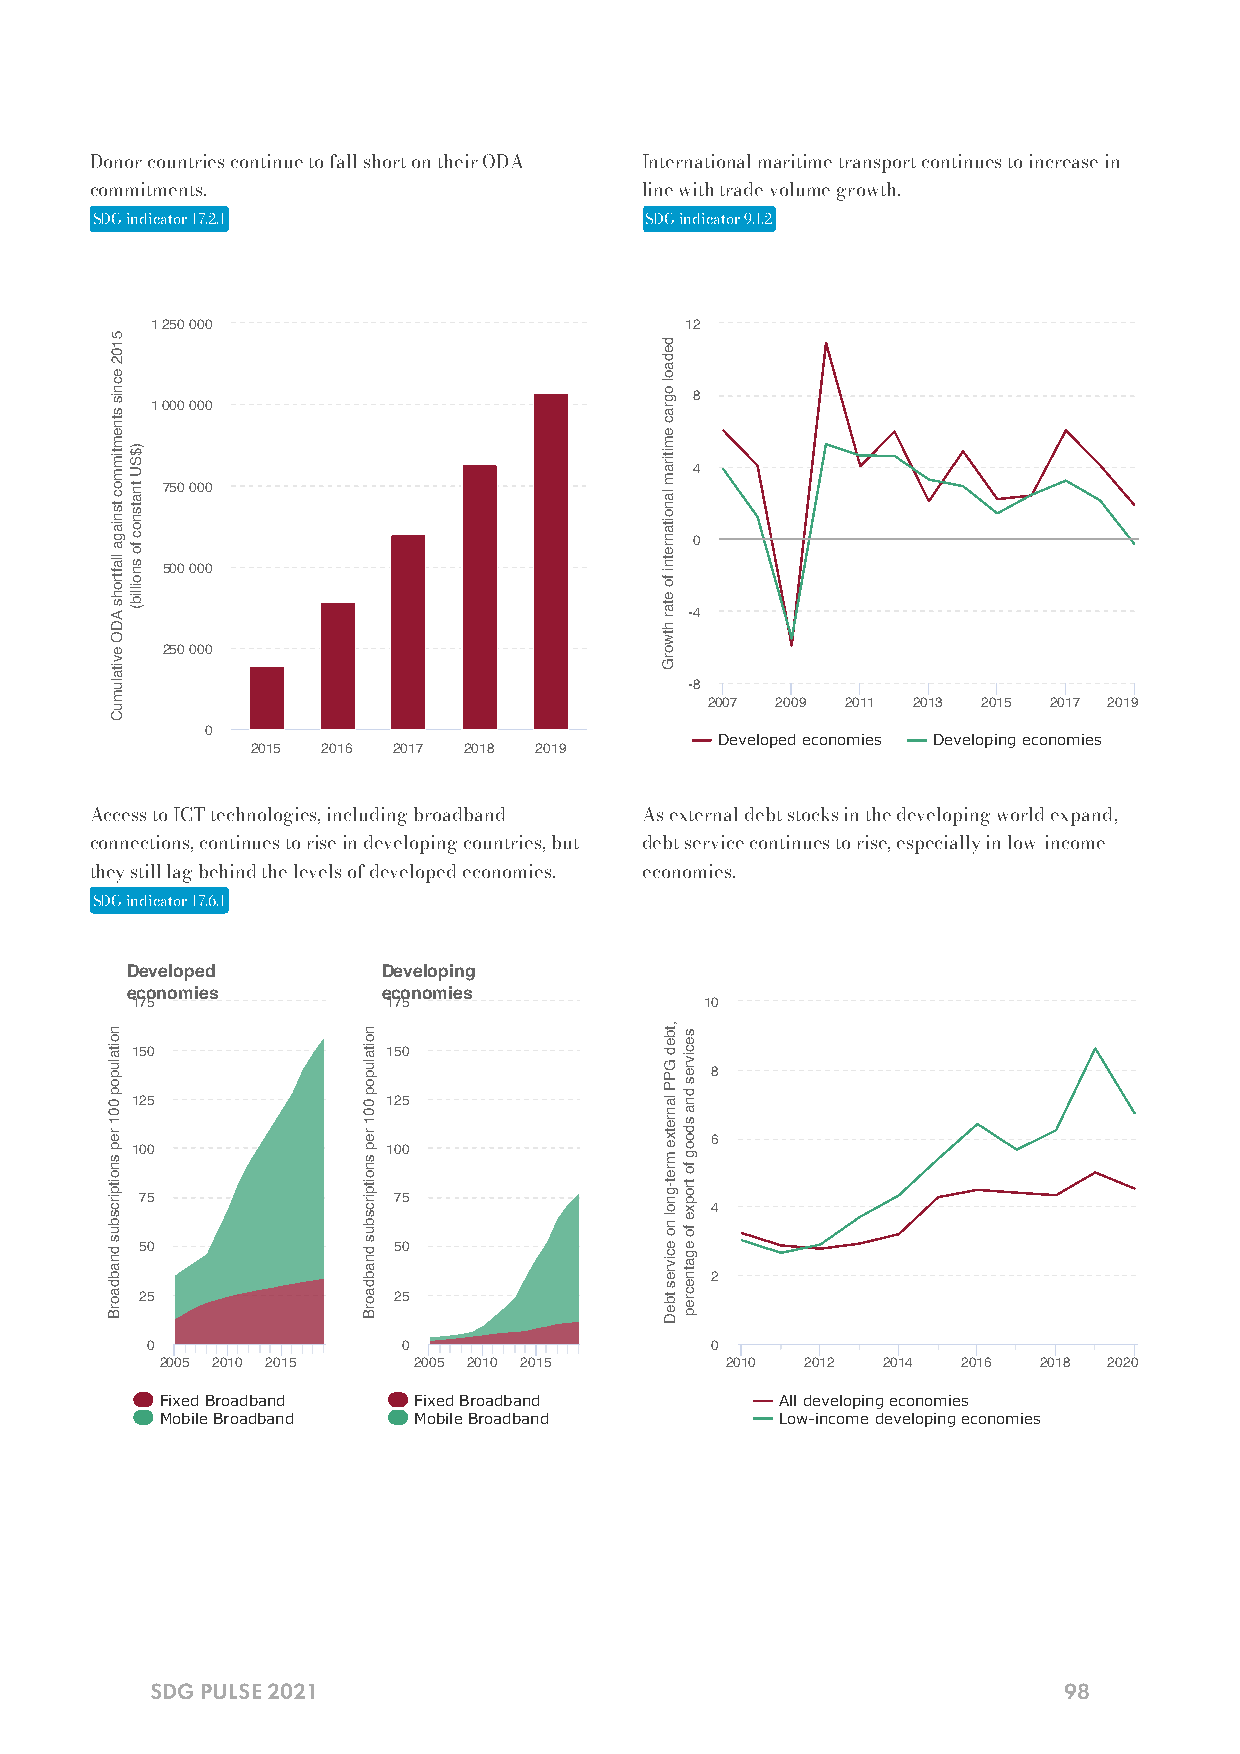
Donor countries continue to fall short on their ODA International maritime transport continues to increase in
 commitments.                         line with trade volume growth.
 SDG indicator 17.2.1                 SDG indicator 9.1.2
 1 250 000                          12
 8
 1 000 000
 4
 750 000
 0
 500 000
 -4
 250 000
 -8
 2007 2009 2011 2013 2015 2017 2019
 0
 Developed economies Developing economies
 2015 2016 2017 2018 2019
 Access to ICT technologies, including broadband As external debt stocks in the developing world expand,
 connections, continues to rise in developing countries, but debt service continues to rise, especially in low-income
 they still lag behind the levels of developed economies. economies.
 SDG indicator 17.6.1
 Developed        Developing
 economies        economies
 175              175                  10
 150              150
 8
 125              125
 6
 100              100
 75               75
 4
 50               50
 2
 25               25
 0                0                   0
 2005 2010 2015  2005 2010 2015       2010 2012 2014  2016 2018 2020
 Fixed Broadband Fixed Broadband          All developing economies
 Mobile Broadband Mobile Broadband        Low-income developing economies
 SDG PULSE 2021                                              98
 5102
 ecnis
 stnemtimmoc
 tsniaga
 llaftrohs
 ADO
 evitalumuC
 noitalupop
 001
 rep
 snoitpircsbus
 dnabdaorB
 )$SU
 tnatsnoc
 fo
 snoillib(
 noitalupop
 001
 rep
 snoitpircsbus
 dnabdaorB
 dedaol
 ograc
 emitiram
 lanoitanretni
 fo
 etar
 htworG
 ,tbed
 GPP
 lanretxe
 mret-gnol
 no
 ecivres
 tbeD
 secivres
 dna
 sdoog
 fo
 tropxe
 fo
 egatnecrep